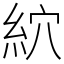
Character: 䋉